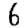
Digit: 6